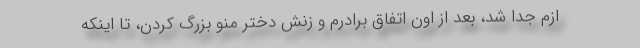
ازم جدا شد، بعد از اون اتفاق برادرم و زنش دختر منو بزرگ کردن، تا اینکه